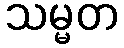
သမ္မတ